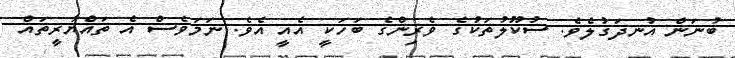
ބުނަން އުނދަގުލެވެ. ސުކޫލުތަކުގެ ވެރިންގެ ބަހަކީ އެއީ އެވެ. ނަމަވެސް އެ ތައްޔާރީތައް